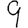
Digit: 9